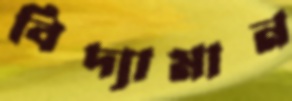
বিদ্যামান